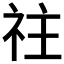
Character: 𥘭